Punjab Mental Hospital Lahore 1932-46 - 1932-1946
Year: 1932
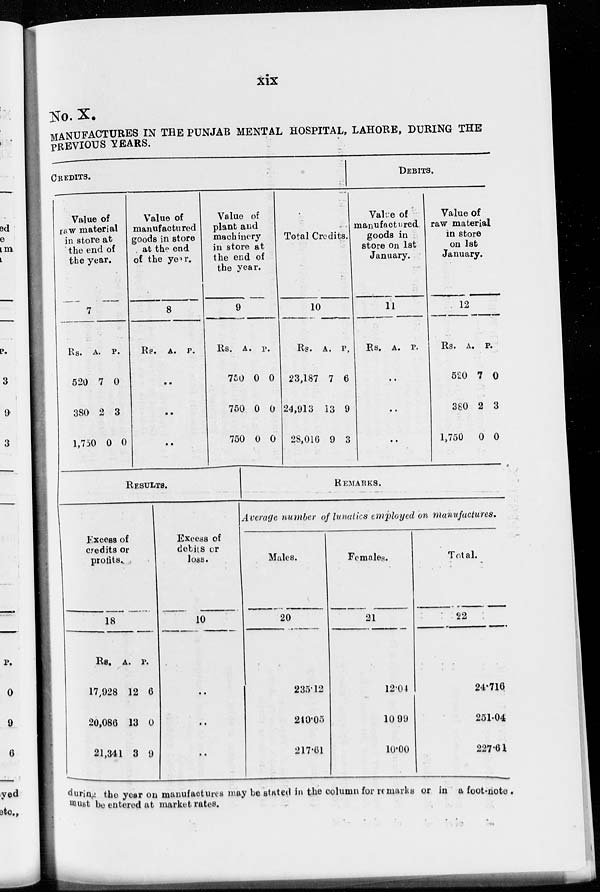
xix
No. X.
MANUFACTURES IN THE PUNJAB MENTAL HOSPITAL, LAHORE, DURING THE
PREVIOUS YEARS.
CREDITS.
Value of
raw material
in store at
the end of
the year.
7
Rs.
520
380
1,750
A.
7
2
0
P.
0
3
0
Value of
manufactured
goods in store
at the end
of the year.
8
Rs. A. P.
..
..
..
Value of
plant and
machinery
in store at
the end of
the year.
9
Rs.
750
750
750
A.
0
0
0
P.
0
0
0
Total Credits.
10
Rs.
23,187
24,913
2S,010
A.
7
13
9
P.
6
9
3
DEBITS.
Value of
manufactured
goods in
stores on 1st
January.
11
Rs. A.
..
..
..
P.
Value of
raw material
in store
on 1st
January.
12
Rs.
520
380
1,750
A.
7
2
0
P.
0
3
0
RESULTS.
Excess of
credits or
profits.
18
Rs.
17,928
20,086
21,341
A.
12
13
3
P.
6
0
9
Excess of
debits or
Joss.
10
..
..
..
REMARKS.
Average number of lunatics employed on manufactures.
Males.
20
235.12
240.05
217.61
Females.
21
12.04
10.99
10.00
Total.
22
24.716
251.04
227.61
during the year on manufactures may be stated in the column for remarks or in a foot-note
must be entered at market rates.